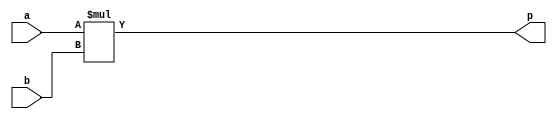
module gen_mult
#(
	parameter DATA_WIDTH = 16
)
(
	input [DATA_WIDTH - 1:0] a,
	input [DATA_WIDTH - 1:0] b,
	output [DATA_WIDTH + DATA_WIDTH - 1:0] p
);
	reg signed [DATA_WIDTH + DATA_WIDTH - 1:0] int_p;

	reg signed [DATA_WIDTH - 1:0] A_in;
	reg signed [DATA_WIDTH - 1:0] B_in;
	assign p = int_p;
	always @(a or b)
	begin
	   A_in = a;
	   B_in = b;
	   int_p = A_in * B_in; 
	end
endmodule